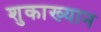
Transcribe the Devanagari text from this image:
शुकाख्यान